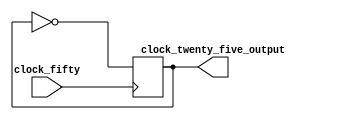
// ============================================================================
//   Ver  :| Author					:| Mod. Date :| Changes Made:
//   V1.1 :| Shehab Hesham			:| 10/10/2023:| Module Created
// ============================================================================

module Frequency_Divider(
	input wire clock_fifty, 
	output wire clock_twenty_five_output
		                     ); //this module is designed because VGA standards require a frequency of 25MHz
	
	
	reg clock_twenty_five ; 
	
	assign clock_twenty_five_output = clock_twenty_five ; 
	
	initial begin
    clock_twenty_five = 1'b0; // or any initial value
	end
	
	always @ (posedge clock_fifty) begin
	 clock_twenty_five <= ~clock_twenty_five ; 
	end
	
endmodule